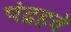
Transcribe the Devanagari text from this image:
पंद्रहवे